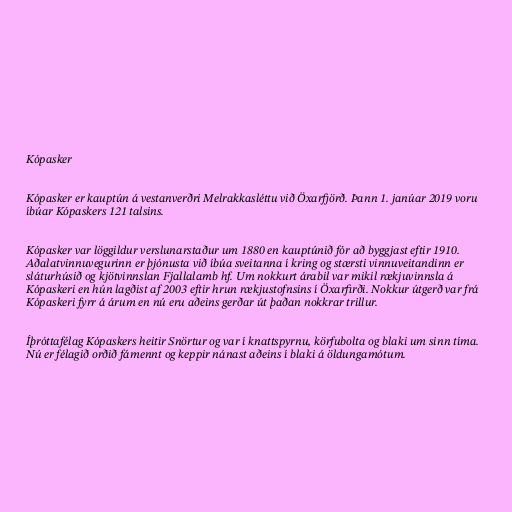
Kópasker

Kópasker er kauptún á vestanverðri Melrakkasléttu við Öxarfjörð. Þann 1. janúar 2019 voru
íbúar Kópaskers 121 talsins.

Kópasker var löggildur verslunarstaður um 1880 en kauptúnið fór að byggjast eftir 1910.
Aðalatvinnuvegurinn er þjónusta við íbúa sveitanna í kring og stærsti vinnuveitandinn er
sláturhúsið og kjötvinnslan Fjallalamb hf. Um nokkurt árabil var mikil rækjuvinnsla á
Kópaskeri en hún lagðist af 2003 eftir hrun rækjustofnsins í Öxarfirði. Nokkur útgerð var frá
Kópaskeri fyrr á árum en nú eru aðeins gerðar út þaðan nokkrar trillur.

Íþróttafélag Kópaskers heitir Snörtur og var í knattspyrnu, körfubolta og blaki um sinn tíma.
Nú er félagið orðið fámennt og keppir nánast aðeins í blaki á öldungamótum.